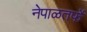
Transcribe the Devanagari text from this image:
नेपाळतर्फे